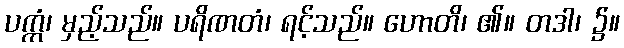
ပက္ကံ၊ မှည့်သည်။ ပရိဏတံ၊ ရင့်သည်။ ဟောတိ၊ ၏။ တဒါ၊ ၌။